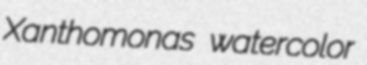
Xanthomonas watercolor